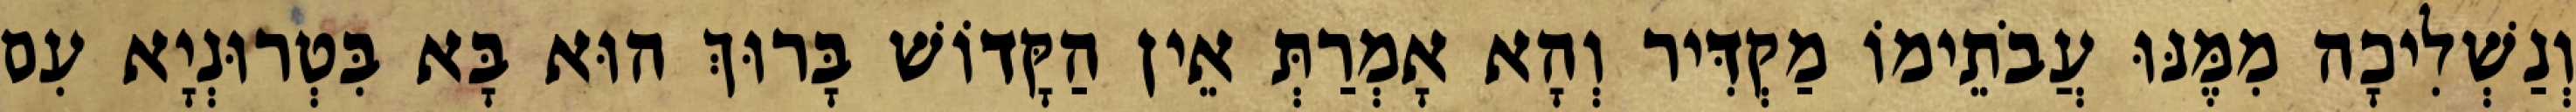
וְנַשְׁלִיכָה מִמֶּנּוּ עֲבֹתֵימוֹ מַקְדִּיר וְהָא אָמְרַתְּ אֵין הַקָּדוֹשׁ בָּרוּךְ הוּא בָּא בִּטְרוּנְיָא עִם